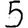
Digit: 5